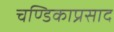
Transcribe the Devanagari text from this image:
चण्डिकाप्रसाद